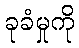
ခုခံမှုကို